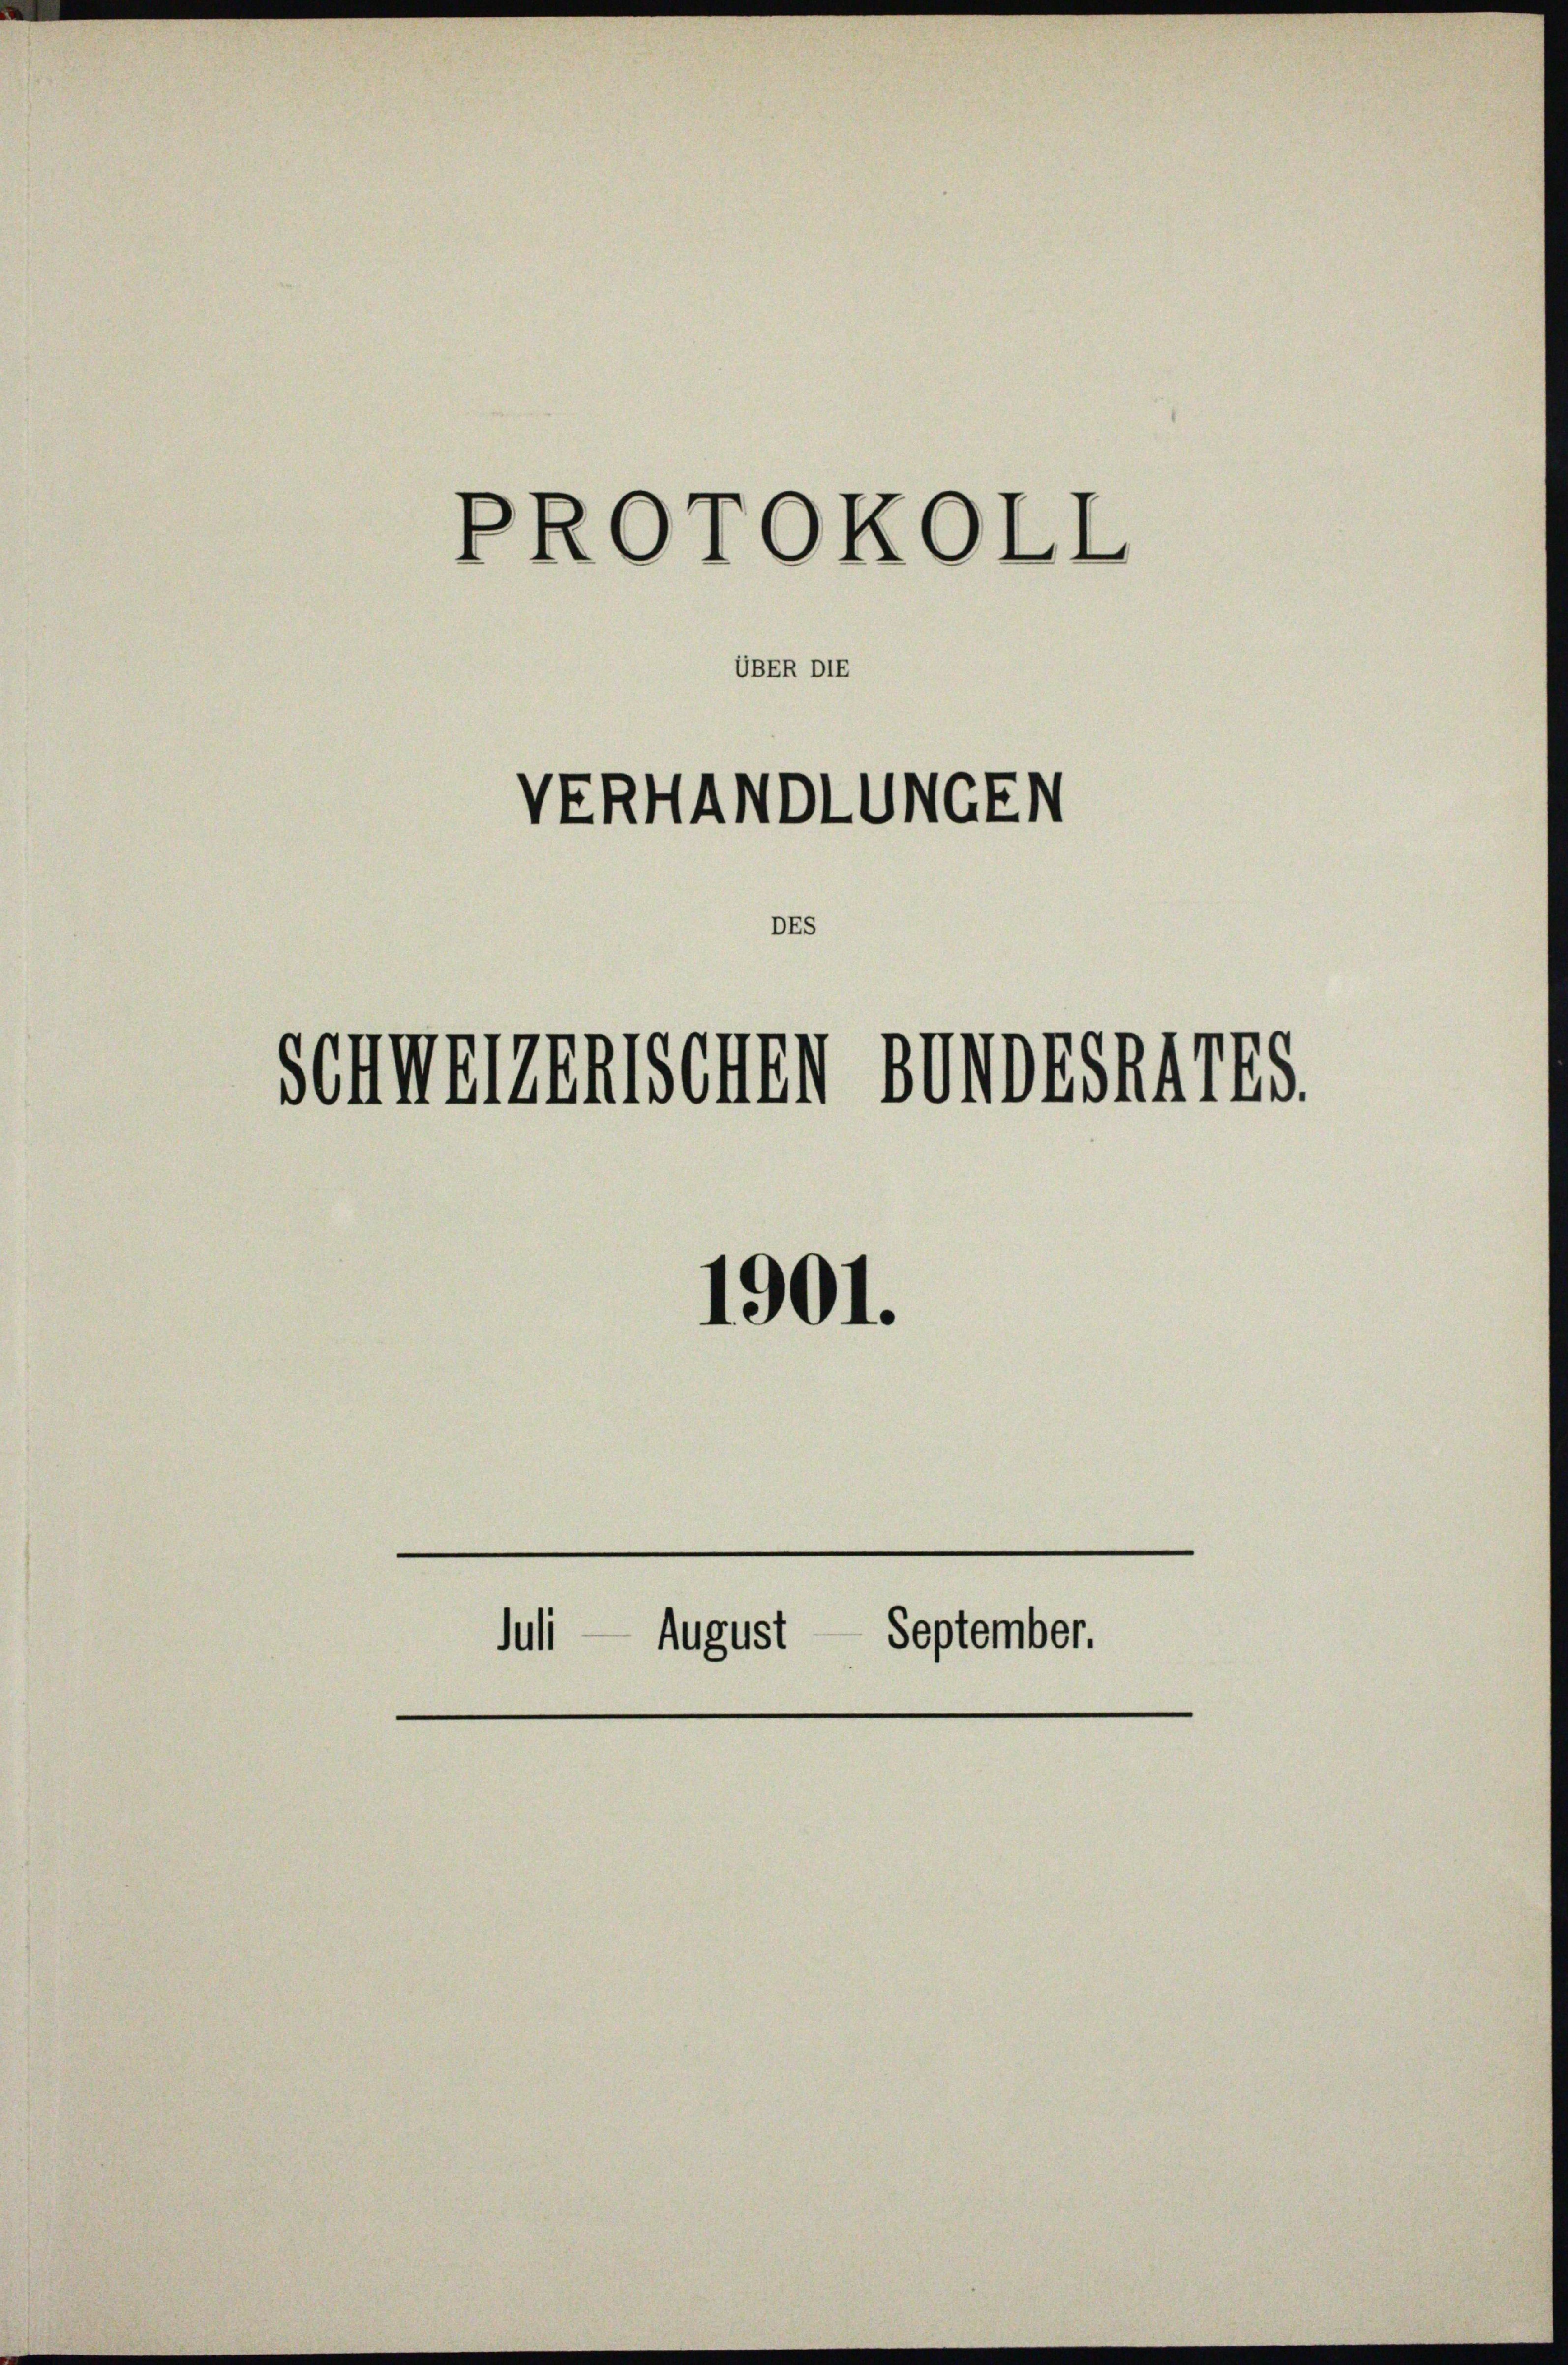
PROTOKOLL
UBER DIE

VERHANDLUNGEN

DEs

Schweizerischen Bundes 1785.
1901.
Juli — August September.